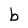
Character: b